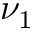
\nu _ { 1 }